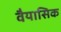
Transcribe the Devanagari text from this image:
वैयासिक